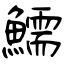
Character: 鱬